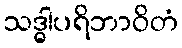
သဒ္ဓါပရိဘာဝိတံ